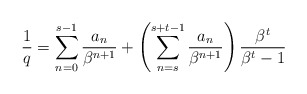
\begin{align*}\frac{1}{q}=\sum_{n=0}^{s-1}\frac{a_n}{\beta^{n+1}}+\left(\sum_{n=s}^{s+t-1} \frac{a_n}{\beta^{n+1}}\right)\frac{\beta^t}{\beta^t-1}\end{align*}